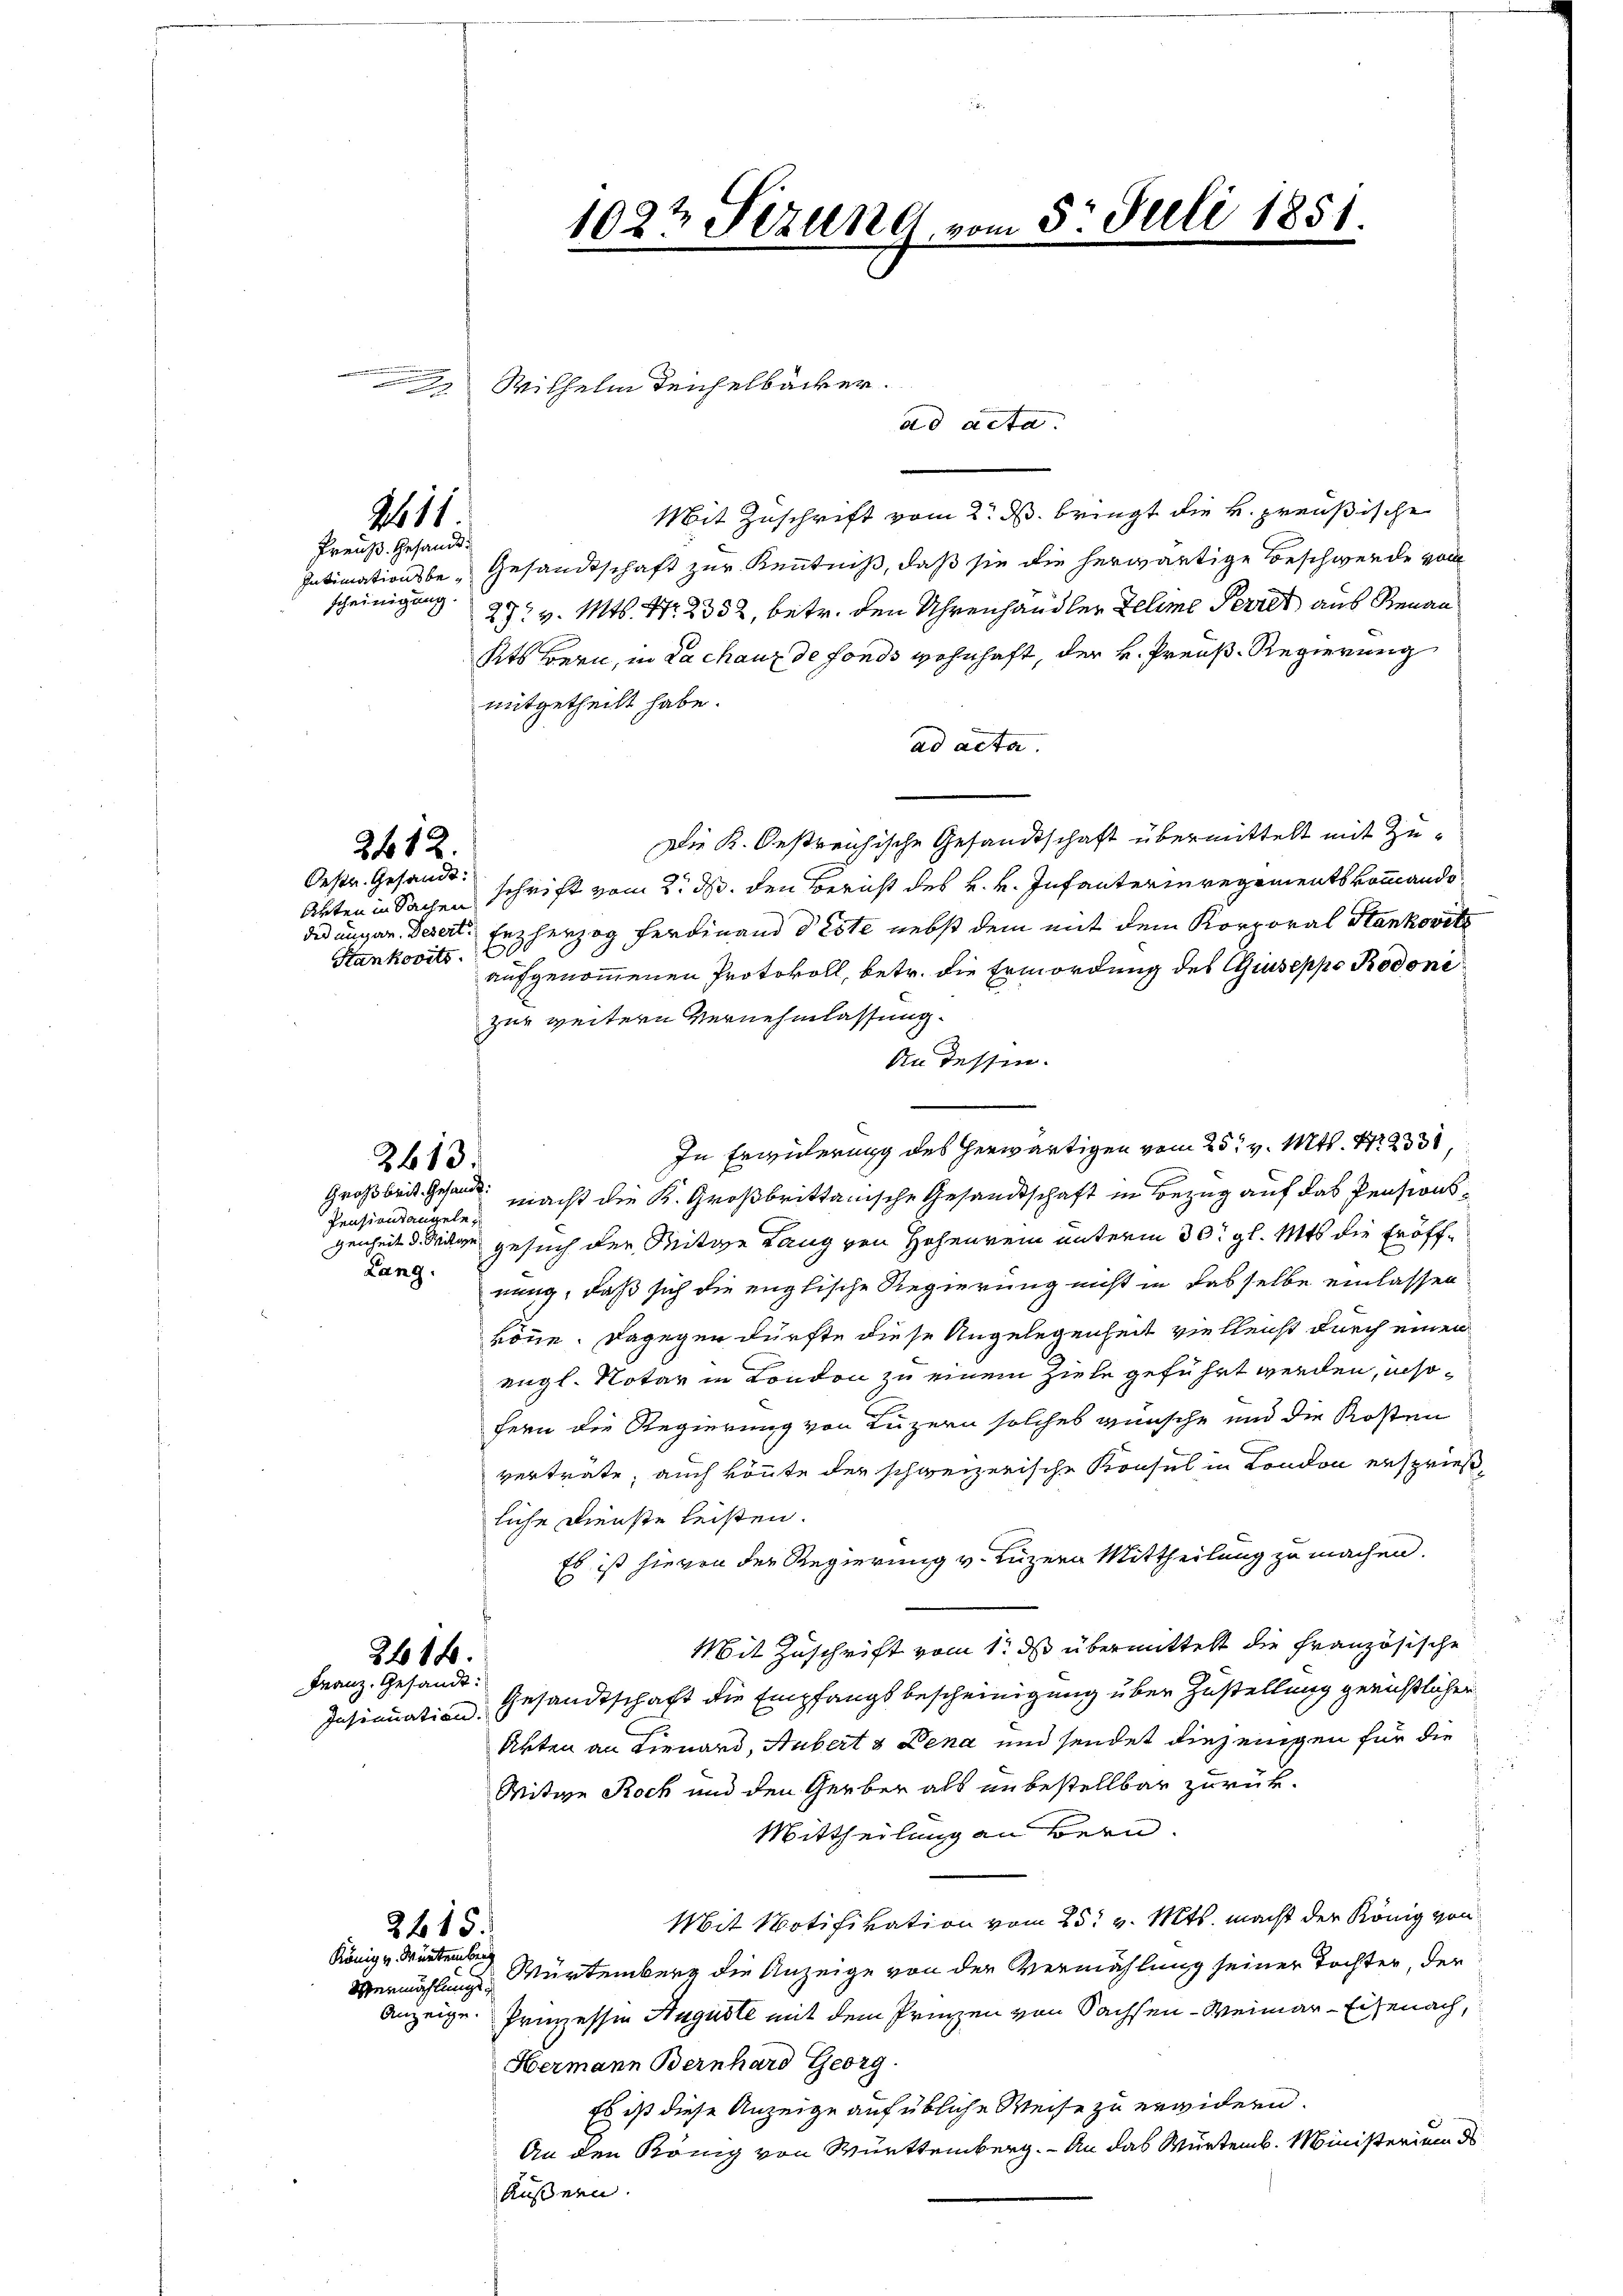
scheinigung

Mit Zuschrift vom 2. d. bringt die k. preußische
Intimationsbe- Gesandtschaft zur Kenntniß, daß sie die herwärtige Beschwerde von
27t v. Mts. Nr. 2352, betr. den Uhrenhändler Zeline Perret aus Renau
Kts Bern, in Lachanz de fonds wohnhaft, der H. Preuß-Regierung
mitgetheilt habe.
ad acta.
Die K. Oestreichische Gesandtschaft übermittelt mit Zu¬
Arten in Sachen schrift vom 2. ds. den Bericht des H. v. Infanterin regementskommandodes angen. Desert. Erzherzog Ferdinand deste nebst dem mit dem Korporal Stankovitz
Hankovits.60
aufgenommenen Protokoll, betr. die Ermordung des Giuseppo Rodonezur weitern Vernehmlassung.
An dessen.
In Erwiterung des herwärtigen vom 25t v. Mts. 12233
Großbrit es macht die K. Großbrittanische Gesandtschaft in Bezug auf das Pensionsgenheit d. Wage gesuch der Seite Lang von Hohenrein unterm 30. gl. Mts. die Eröffnung, daß sich die englische Regierung nicht in dasselbe einlassen
könne. Dagegen dürfte diese Angelegenheit vielleicht durch einen
engl. Notar in London zu einem Ziele geführt werden, insofern die Regierung von Luzern solches wünsche und die Kosten
verträte, auch könnte der schweizerische Konsul in London ersprieß-
liche Dienste leisten.
Es ist hievon der Regierung v. Luzern Mittheilung zu machen.
Mit Zuschrift vom 1t d übermittelt die Französische
2618.
Franz. Gesandt:
Insinuation. Gesandtschaft die Empfangsbescheinigung über Zustellung gerichtlicher
Arten an Lienard, Hubert 3 Dena und sendet diejenigen für die
Mitwe Roch und den Gerber als unbestellbar zurück¬
Mittheilung an Bern.
Mit Notifikation vom 25t v. Mts. macht der König von
2 f 15.
König u. Würtember
Vermählung Würtemberg die Anzeige von der Vermählung seiner Tochter, der
Anzeige Prinzessin Auguste mit dem Prinzen von Sachsen-Weimar-Eisenach,
Hermann Bernhard Georg.
Es ist diese Anzeige auf übliche Weise zu erwidern.
An den König von Württemberg. - An das Würtemb. Ministerium d
Äussern.

Ao. 11
Preuß. Gesandt¬

2 f 12.
Bestr. Gesandt.

Pensionsangele¬
Lang.

2613

1022 Sizung vom 5. Juli 1851.

Wilhelm Teichelbäcker.
ad acta